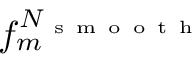
f _ { m } ^ { N _ { \mathrm { ~ s ~ m ~ o ~ o ~ t ~ h ~ } } }